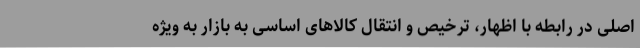
اصلی در رابطه با اظهار، ترخیص و انتقال کالاهای اساسی به بازار به ویژه